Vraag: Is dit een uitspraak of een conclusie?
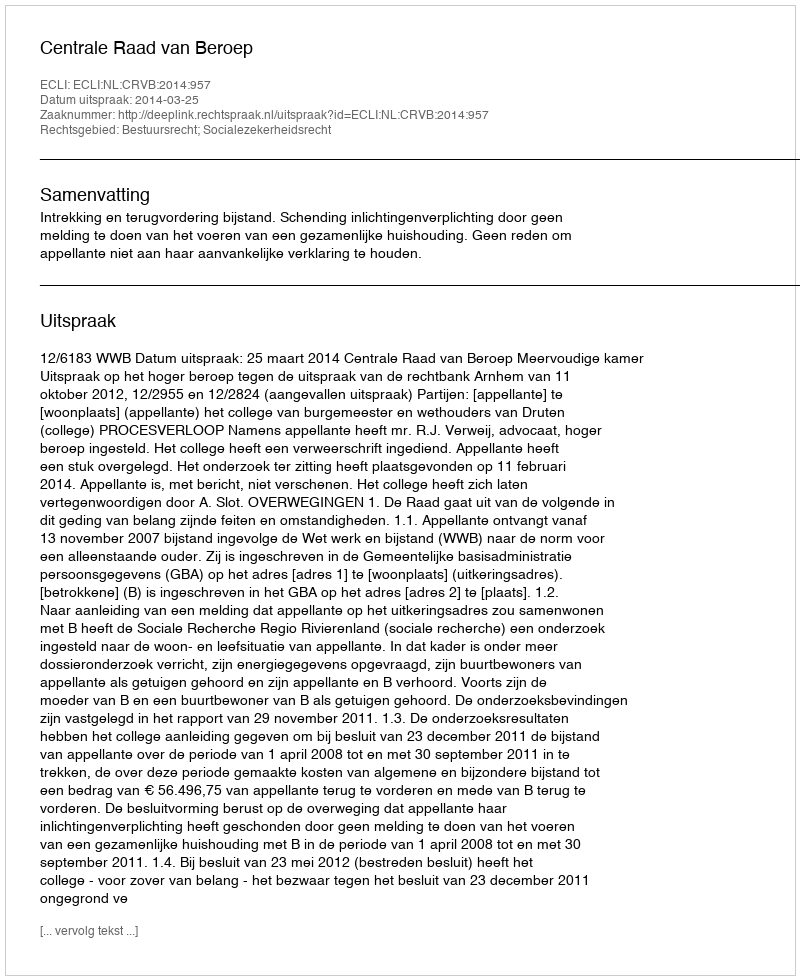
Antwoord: Uitspraak